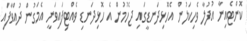
ކޮންޓެއިނާ އުފުލާ ވެހިކަލުން އެހޮޅިދަނޑީގައި ޖެހުމުން އެ ހޮޅިދަނޑި ވެއްޓިފައިވަނީ އެމަގުން ދުއްވާފައި